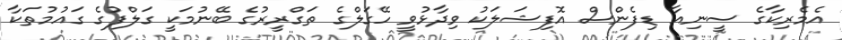
އެމެރިކާގެ ސީނިއާ ޑިފެންސް އޮފިޝަލަކު ވިދާޅުވީ ހޭގަލްގެ ތަގްރީރުގެ ބޭނުމަކީ ގަލްފުގެ ގައުމުތަކާ